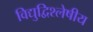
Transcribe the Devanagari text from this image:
विद्युद्विश्लेषीय